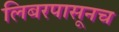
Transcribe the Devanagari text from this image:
लिबरपासूनच